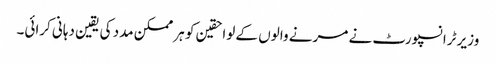
وزیر ٹرانسپورٹ نے مرنے والوں کے لواحقین کو ہر ممکن مدد کی یقین دہانی کرائی۔